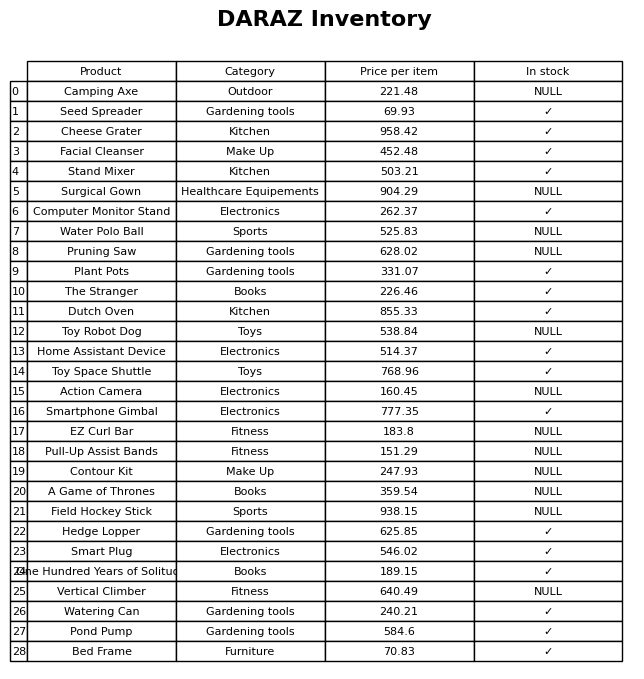
question: What is the price of the Smartphone Gimbal?
answer: The price of Smartphone Gimbal is 777.35.